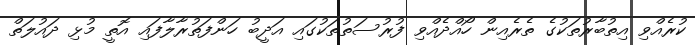
ކުރެއްވި އިތުބާރުތަކުގެ ތެރެއިން ހޯއްދެއްވި ފުރުސަތުތަކުގައި އަދީބު ހަންފަތުރާލާފައި އޮތީ މުޅި ދައުލަތް